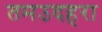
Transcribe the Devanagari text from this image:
तमउदहरा